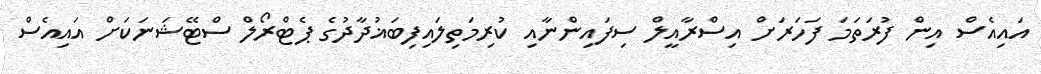
އައިއެސް އިން ފުރަތަމަ ފަހަރަށް އިސްރާއީލް ސިފައިންނާއި ކުރިމަތިލައިފިބަޣުދާދުގެ ޕެޓްރޯލް ސްޓޭޝަނަކަށް އައިއެސް